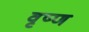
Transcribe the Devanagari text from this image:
वृष्ण